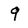
Character: 9